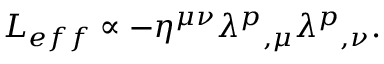
{ \cal L } _ { e f f } \propto - \eta ^ { \mu \nu } \lambda ^ { p } { } _ { , \mu } \lambda ^ { p } { } _ { , \nu } .